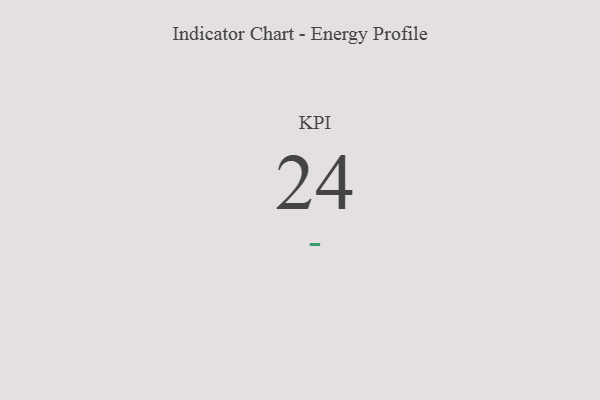
{"axis": {"x": "KPI", "y": "Value"}, "legend": [""], "data": [{"x": "KPI", "y": 24, "type": ""}]}